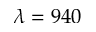
\lambda = 9 4 0